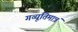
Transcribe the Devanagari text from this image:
गव्यूतिमात्रं